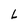
Character: L